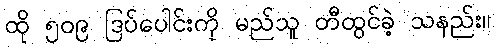
ထို ၅၀၉ ဒြပ်ပေါင်းကို မည်သူ တီထွင်ခဲ့ သနည်း။